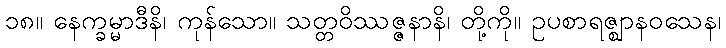
၁၈။ နေက္ခမ္မာဒီနိ၊ ကုန်သော။ သတ္တဝိဿဇ္ဇနာနိ၊ တို့ကို။ ဥပစာရဇ္ဈာနဝသေန၊